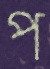
প